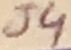
Text: J4